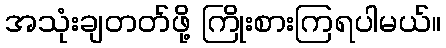
အသုံးချတတ်ဖို့ ကြိုးစားကြရပါမယ်။